65_HS1-834228961_62-HQ-83894_Serial_164
Agency: FBI
Page 47
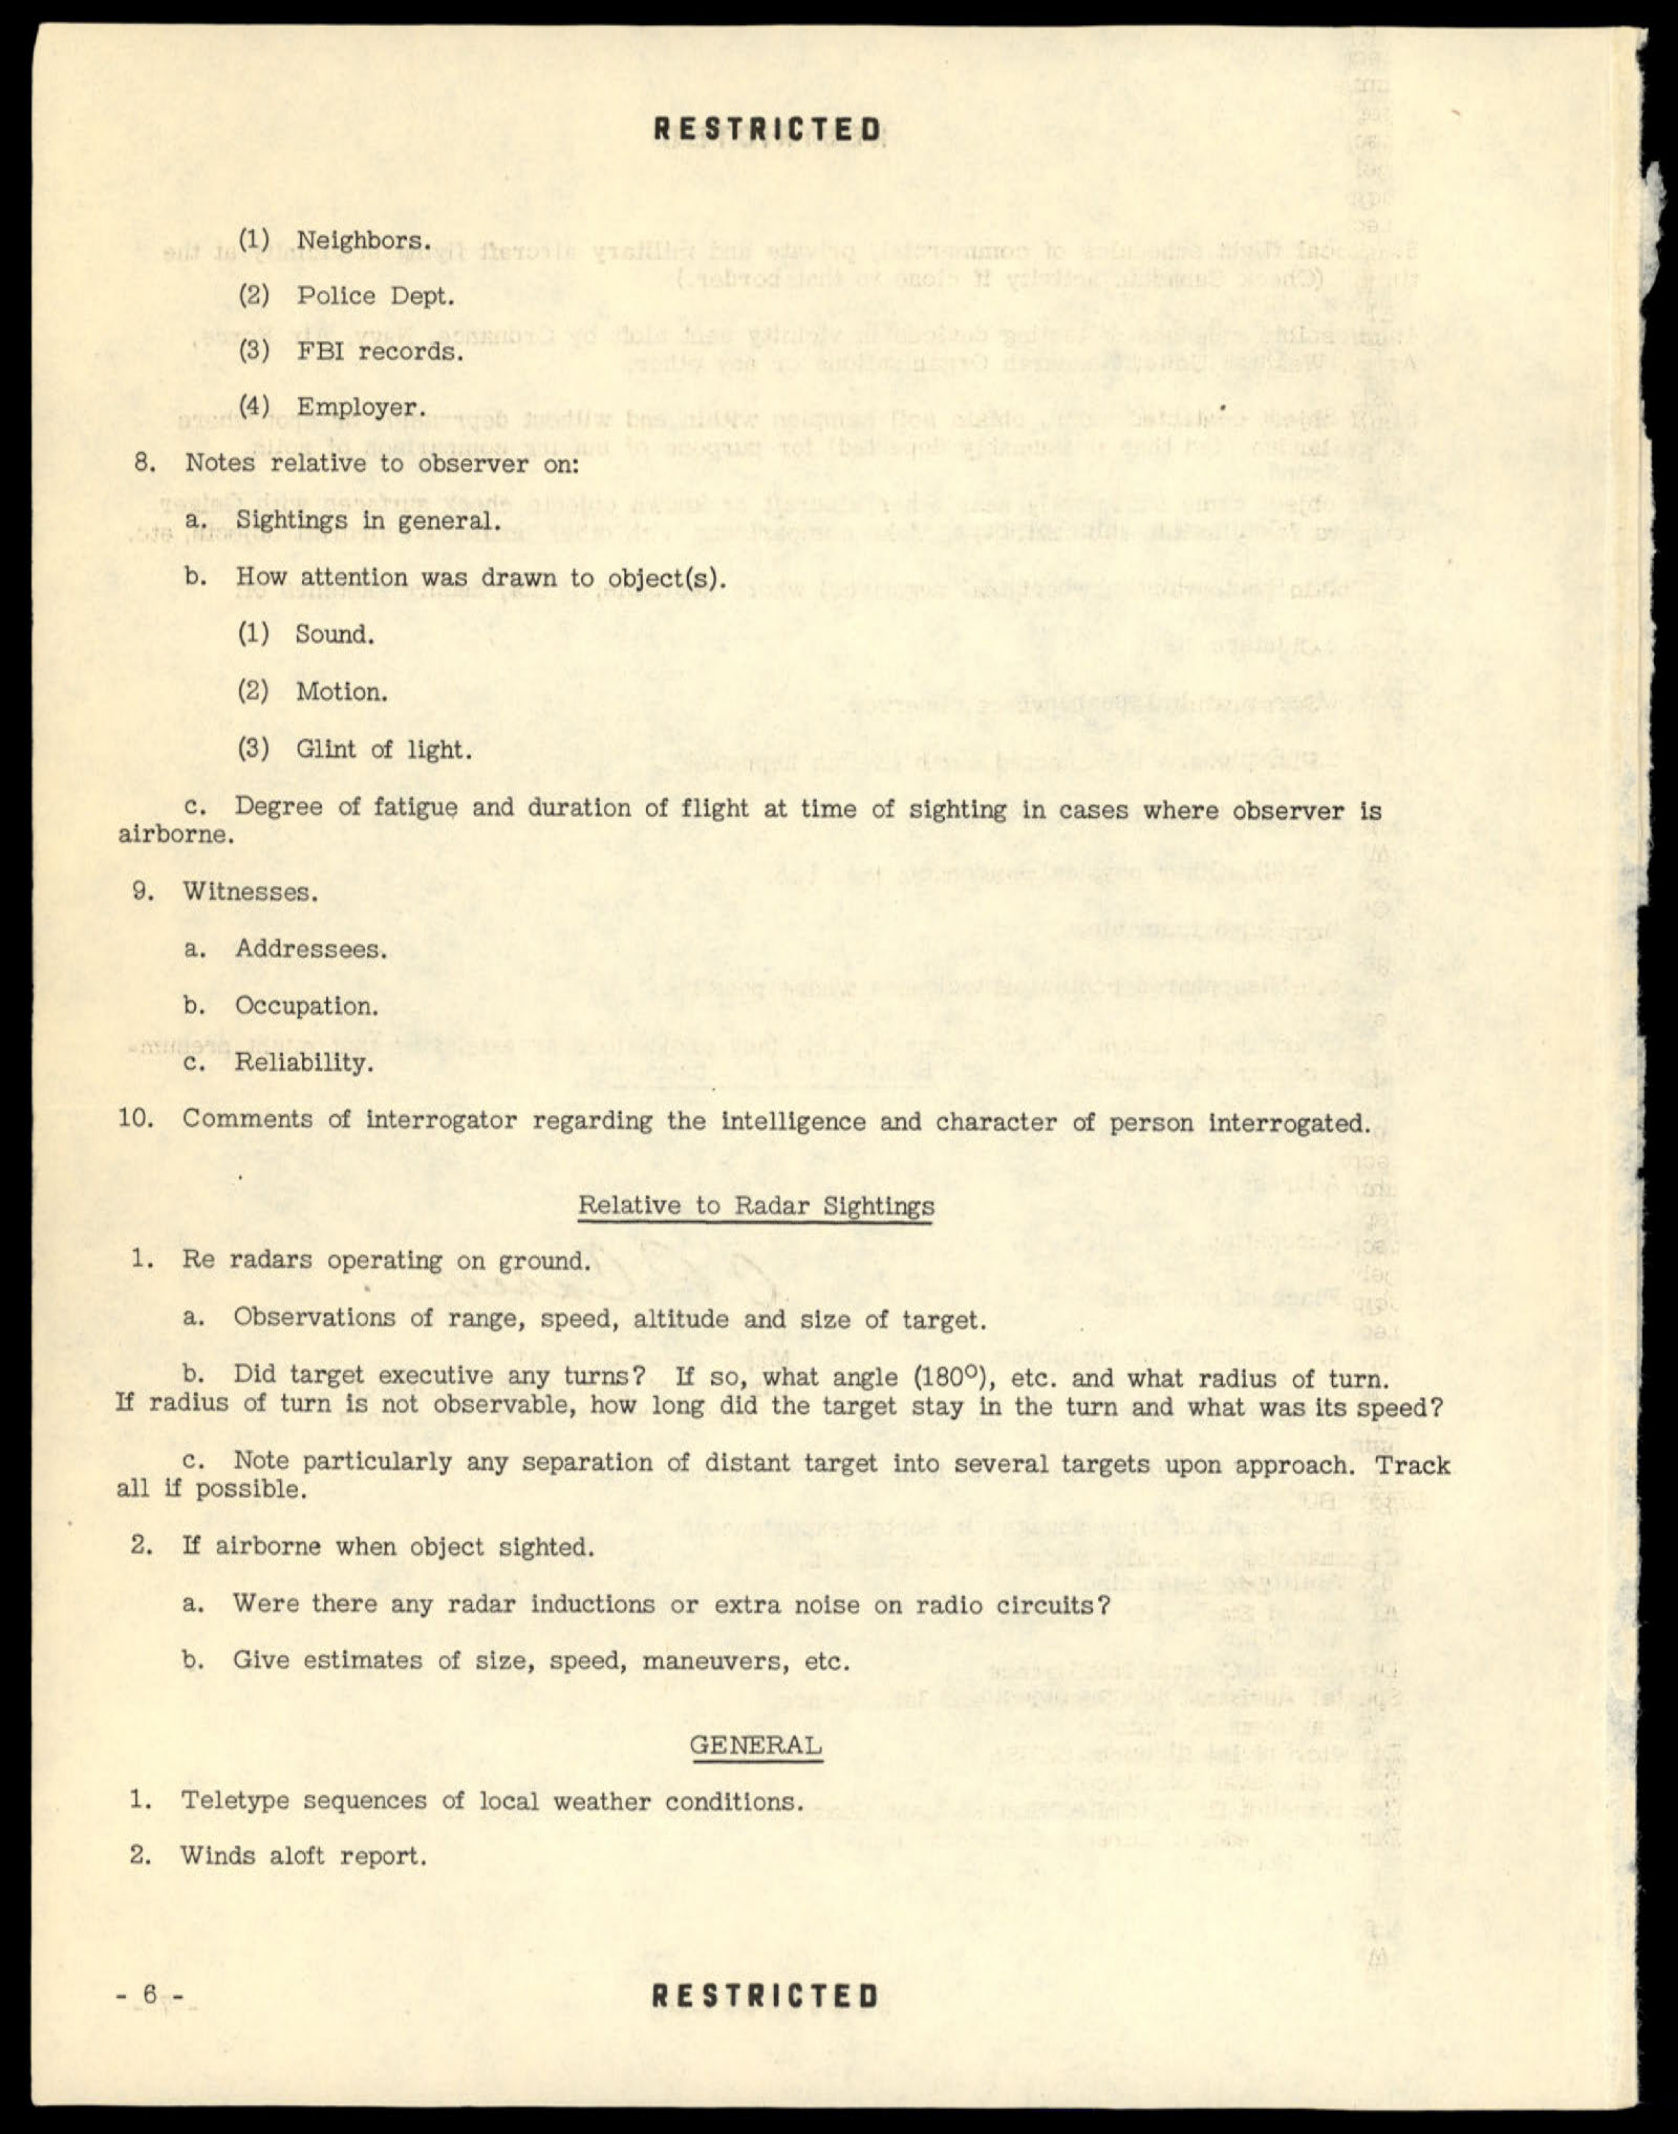